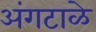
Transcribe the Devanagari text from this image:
अंगटाळे